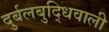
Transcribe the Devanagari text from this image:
दुर्बलबुद्धिवाली